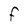
Character: F